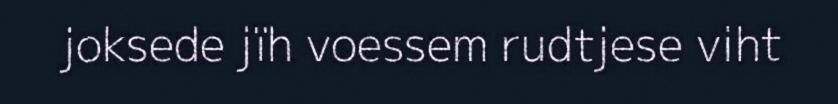
joksede jïh voessem rudtjese viht